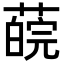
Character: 𦼍